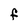
Character: F